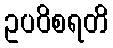
ဥပဝိစရတိ